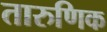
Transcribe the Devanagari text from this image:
तारुणिक